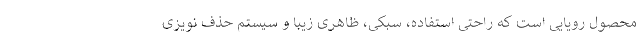
محصول رویایی است که راحتی استفاده، سبکی، ظاهری زیبا و سیستم حذف نویزی